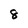
Character: 8